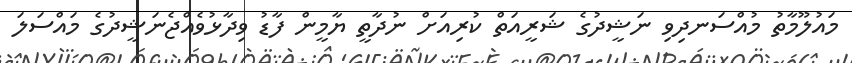
މައުލޫމާތު މުއްސަނދިވި ނަޝީދުގެ ޝަރީއަތް ކުރިއަށް ނުދާތީ ޔާމީން ފާޑު ވިދާޅުވެއްޖެނަޝީދުގެ މައްސަލަ